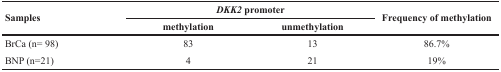
| <ROWSPAN=2> Samples | <COLSPAN=2> DKK2 promoter | <ROWSPAN=2> Frequency of methylation |
 | methylation | unmethylation |
 | --- | --- | --- | --- |
 | BrCa (n= 98) | 83 | 13 | 86.7% |
 | BNP (n=21) | 4 | 21 | 19% |